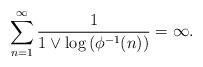
LaTeX: \begin{align*}\sum_{n=1}^\infty \frac{1}{1 \vee \log\left(\phi^{-1}(n)\right)}=\infty.\end{align*}